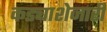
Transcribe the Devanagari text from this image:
कड्याशेजारी